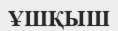
ҰШҚЫШ